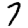
Digit: 7